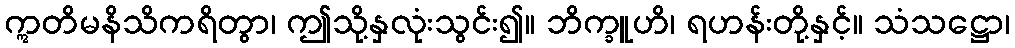
ဣတိမနိသိကရိတွာ၊ ဤသို့နှလုံးသွင်း၍။ ဘိက္ခူဟိ၊ ရဟန်းတို့နှင့်။ သံသဋ္ဌော၊